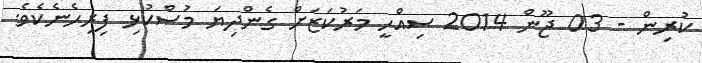
ކުރިން - 03 ޖޫން 2014 ސިއްހީ މަރުކަޒަށް ގެންދިޔަ މުސްކުޅި ފިރިހެނެކެވެ.